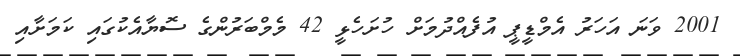
2001 ވަނަ އަހަރު އެމްޑީޕީ އުފެއްދުމަށް ހުށަހެޅީ 42 މެމްބަރުންގެ ސޮޔާއެކުގައި ކަމަށާއި